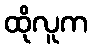
ထိုလူက